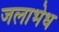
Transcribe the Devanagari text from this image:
जलाभेध